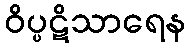
ဝိပ္ပဋိသာရေန